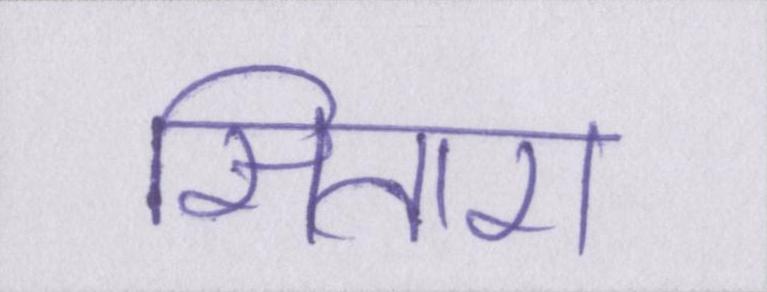
सितारा